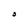
Character: 3